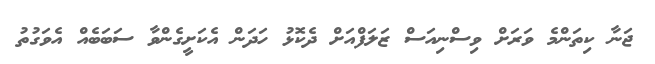
ޖަނާ ކިތަންމެ ވަރަށް ވިސްނިއަސް ޒަލަފްއަށް ދެކޮޅު ހަދަން އެކަށީގެންވާ ސަބަބެއް އެވަގުތު